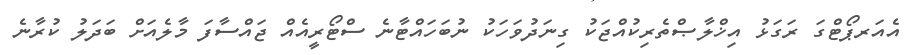
އެއަރޕޯޓްގަ ރަގަޅު އިޚްލާޞްތެރިކުއްޖަކު ގިނަދުވަހަކު ނުބަހައްޓާނެ ސްޓޯރީއެއް ޖައްސާފަ މާލެއަށް ބަދަލު ކުރާނެ